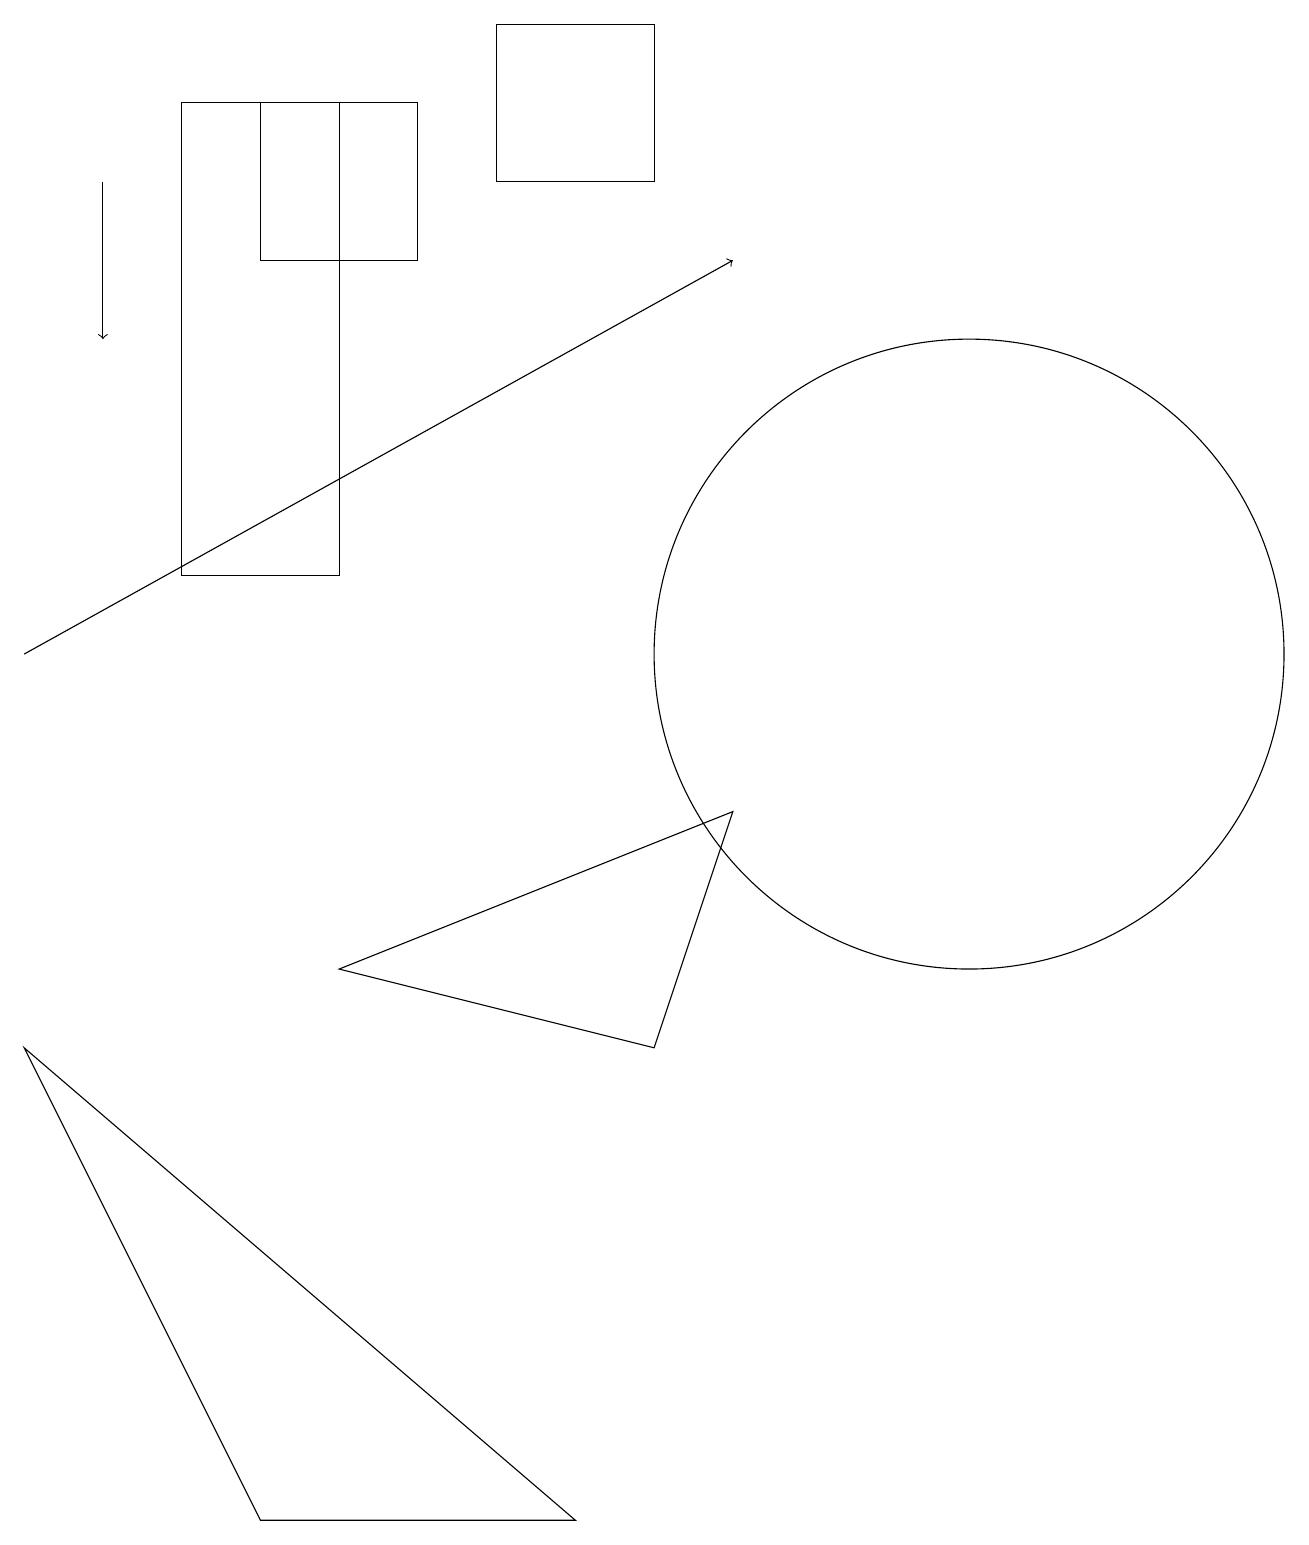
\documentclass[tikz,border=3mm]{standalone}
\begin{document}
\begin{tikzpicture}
\draw[->] (1,17) -- (1,15);
\draw (4,12) rectangle (2,18);
\draw (5,18) rectangle (3,16);
\draw[->] (0,11) -- (9,16);
\draw (8,17) rectangle (6,19);
\draw (12,11) circle (4);
\draw (8,6) -- (4,7) -- (9,9) -- cycle;
\draw (7,0) -- (0,6) -- (3,0) -- cycle;
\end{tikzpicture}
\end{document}